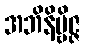
အဘိနိဗ္ဗိဇ္ဇ